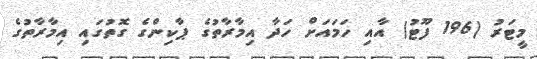
މީޓަރު (196 ފޫޓު) އާއި ހަމައަށް ހަދާ އިމާރާތުގެ ޕާކިންގެ ގޮތުގައި އިމާރާތުގެ